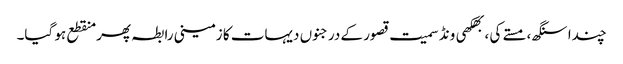
چندا سنگھ، مستے کی ، بھکھی ونڈ سمیت قصور کے درجنوں دیہات کا زمینی رابطہ پھر منقطع ہو گیا۔